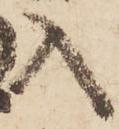
入